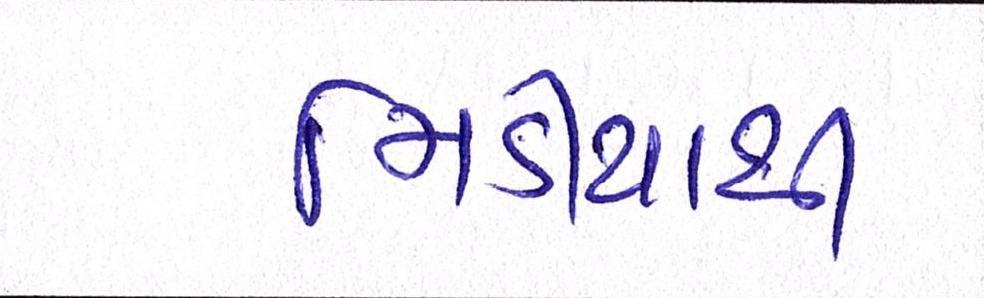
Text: મિડીયાથી